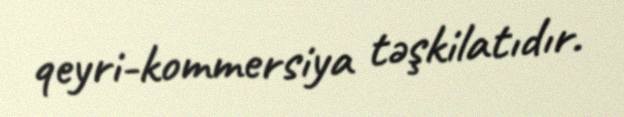
qeyri-kommersiya təşkilatıdır.